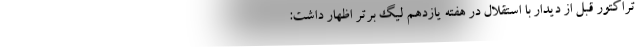
تراکتور قبل از دیدار با استقلال در هفته یازدهم لیگ برتر اظهار داشت: